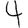
Digit: 4